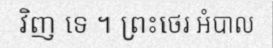
វិញ ទេ ។ ព្រះថេរ អំបាល